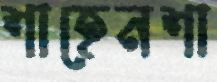
শাহেনশা